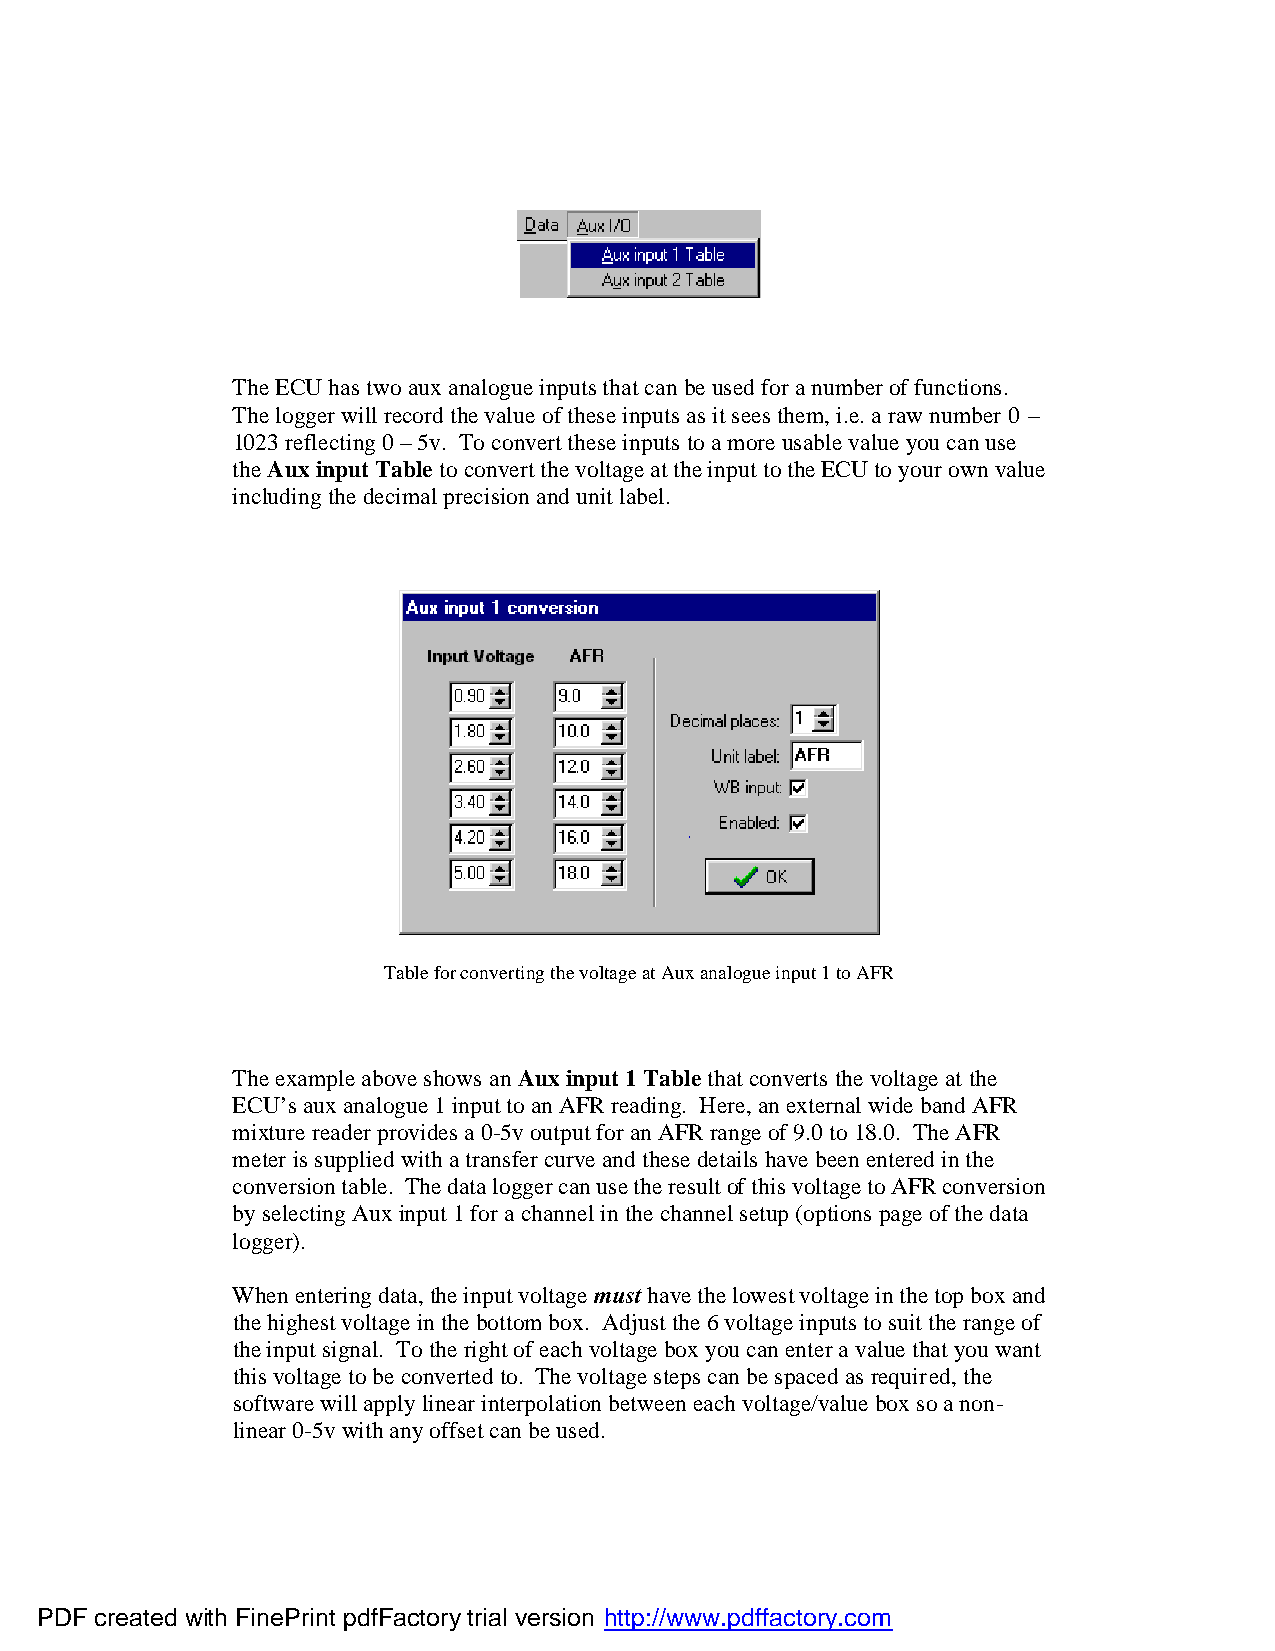
The ECU has two aux analogue inputs that can be used for a number of functions.
 The logger will record the value of these inputs as it sees them, i.e. a raw number 0 –
 1023 reflecting 0 – 5v. To convert these inputs to a more usable value you can use
 the Aux input Table to convert the voltage at the input to the ECU to your own value
 including the decimal precision and unit label.
 Table for converting the voltage at Aux analogue input 1 to AFR
 The example above shows an Aux input 1 Table that converts the voltage at the
 ECU’s aux analogue 1 input to an AFR reading. Here, an external wide band AFR
 mixture reader provides a 0-5v output for an AFR range of 9.0 to 18.0. The AFR
 meter is supplied with a transfer curve and these details have been entered in the
 conversion table. The data logger can use the result of this voltage to AFR conversion
 by selecting Aux input 1 for a channel in the channel setup (options page of the data
 logger).
 When entering data, the input voltage must have the lowest voltage in the top box and
 the highest voltage in the bottom box. Adjust the 6 voltage inputs to suit the range of
 the input signal. To the right of each voltage box you can enter a value that you want
 this voltage to be converted to. The voltage steps can be spaced as required, the
 software will apply linear interpolation between each voltage/value box so a non-
 linear 0-5v with any offset can be used.
 PDF created with FinePrint pdfFactory trial version http://www.pdffactory.com